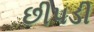
છીપડી